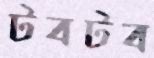
টবটব